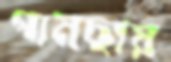
গামছায়